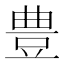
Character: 豊